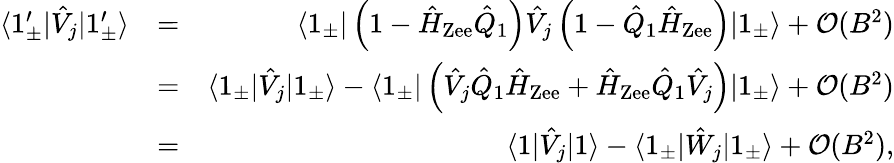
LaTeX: \begin{array}{rlr}{\langle 1_{\pm}^{\prime}|\hat{V}_{j}|1_{\pm}^{\prime}\rangle}&{=}&{\langle 1_{\pm}|\left(1-\hat{H}_{\mathrm{Zee}}\hat{Q}_{1}\right)\hat{V}_{j}\left(1-\hat{Q}_{1}\hat{H}_{\mathrm{Zee}}\right)|1_{\pm}\rangle+\mathcal{O}(B^{2})}\\ &{=}&{\langle 1_{\pm}|\hat{V}_{j}|1_{\pm}\rangle-\langle 1_{\pm}|\left(\hat{V}_{j}\hat{Q}_{1}\hat{H}_{\mathrm{Zee}}+\hat{H}_{\mathrm{Zee}}\hat{Q}_{1}\hat{V}_{j}\right)|1_{\pm}\rangle+\mathcal{O}(B^{2})}\\ &{=}&{\langle 1|\hat{V}_{j}|1\rangle-\langle 1_{\pm}|{\hat{W}_{j}}|1_{\pm}\rangle+\mathcal{O}(B^{2}),}\end{array}